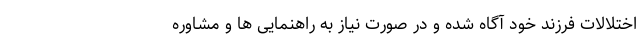
اختلالات فرزند خود آگاه شده و در صورت نیاز به راهنمایی ها و مشاوره